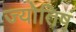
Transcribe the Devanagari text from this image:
ज्योतिषं